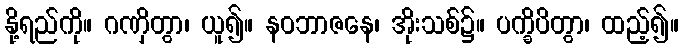
နို့ရည်ကို။ ဂဏှိတွာ၊ ယူ၍။ နဝဘာဇနေ၊ အိုးသစ်၌။ ပက္ခိပိတွာ၊ ထည့်၍။